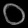
Digit: ၀